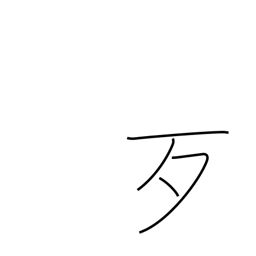
Meaning: bare bone